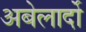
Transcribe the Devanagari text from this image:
अबेलार्दो